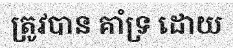
ត្រូវបាន គាំទ្រ ដោយ